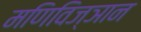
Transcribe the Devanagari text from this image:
मणिविज्ञान